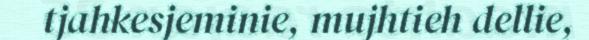
tjahkesjeminie, mujhtieh dellie,